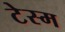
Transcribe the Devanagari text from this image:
टेस्म